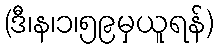
(ဒီ၊န၊၁၊၅၉မှယူရန်)